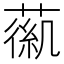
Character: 𦹟